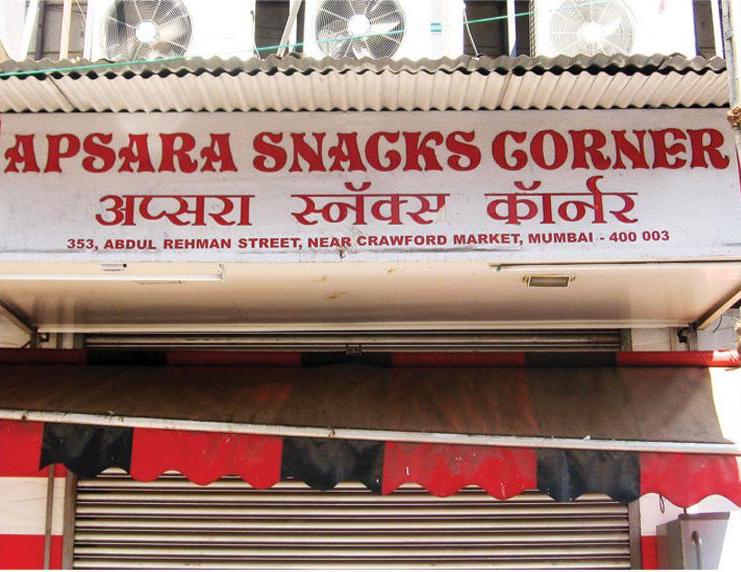
Language: marathi
Transcription: स्नॅक्स अप्सरा कॉर्नर